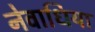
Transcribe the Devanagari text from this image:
नेवाधिया